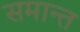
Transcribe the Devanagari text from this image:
समान्त